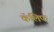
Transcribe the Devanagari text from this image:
कॅलिफ